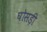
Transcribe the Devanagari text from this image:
घोसड़ी